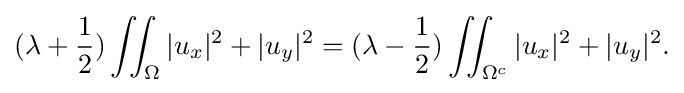
\displaystyle {(\lambda +{1 \over 2})\iint _{\Omega }|u_{x}|^{2}+|u_{y}|^{2}=(\lambda -{1 \over 2})\iint _{\Omega ^{c}}|u_{x}|^{2}+|u_{y}|^{2}.}